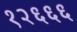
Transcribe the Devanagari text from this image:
१२६६६